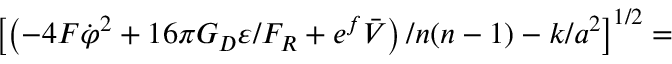
\left[ \left( - 4 F \dot { \varphi } ^ { 2 } + 1 6 \pi G _ { D } \varepsilon / F _ { R } + e ^ { f } \bar { V } \right) / n ( n - 1 ) - k / a ^ { 2 } \right] ^ { 1 / 2 } =